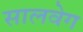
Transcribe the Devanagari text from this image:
सालवेग